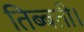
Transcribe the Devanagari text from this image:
तिब्बती।